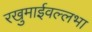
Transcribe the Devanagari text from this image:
रखुमाईवल्लभा